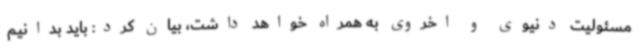
مسئولیت دنیوی و اخروی به همراه خواهد داشت، بیان کرد: باید بدانیم